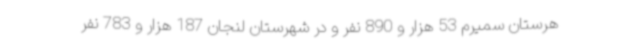
هرستان سمیرم 53 هزار و 890 نفر و در شهرستان لنجان 187 هزار و 783 نفر